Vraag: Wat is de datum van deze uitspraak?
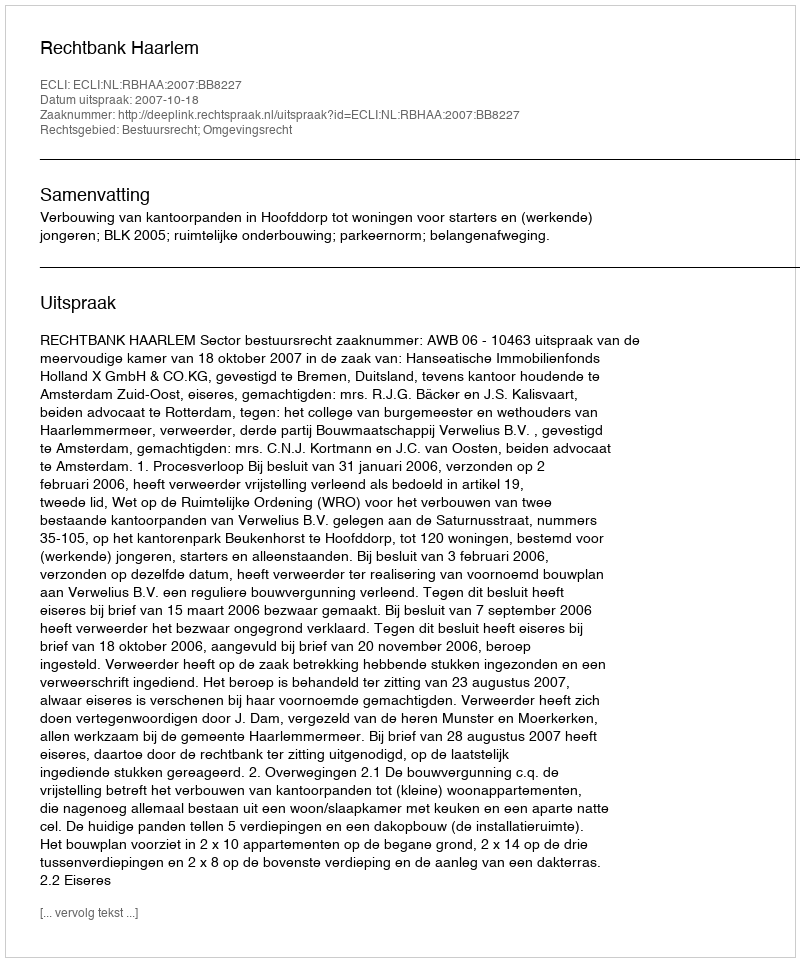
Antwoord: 2007-10-18